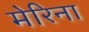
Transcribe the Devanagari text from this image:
मेरिना